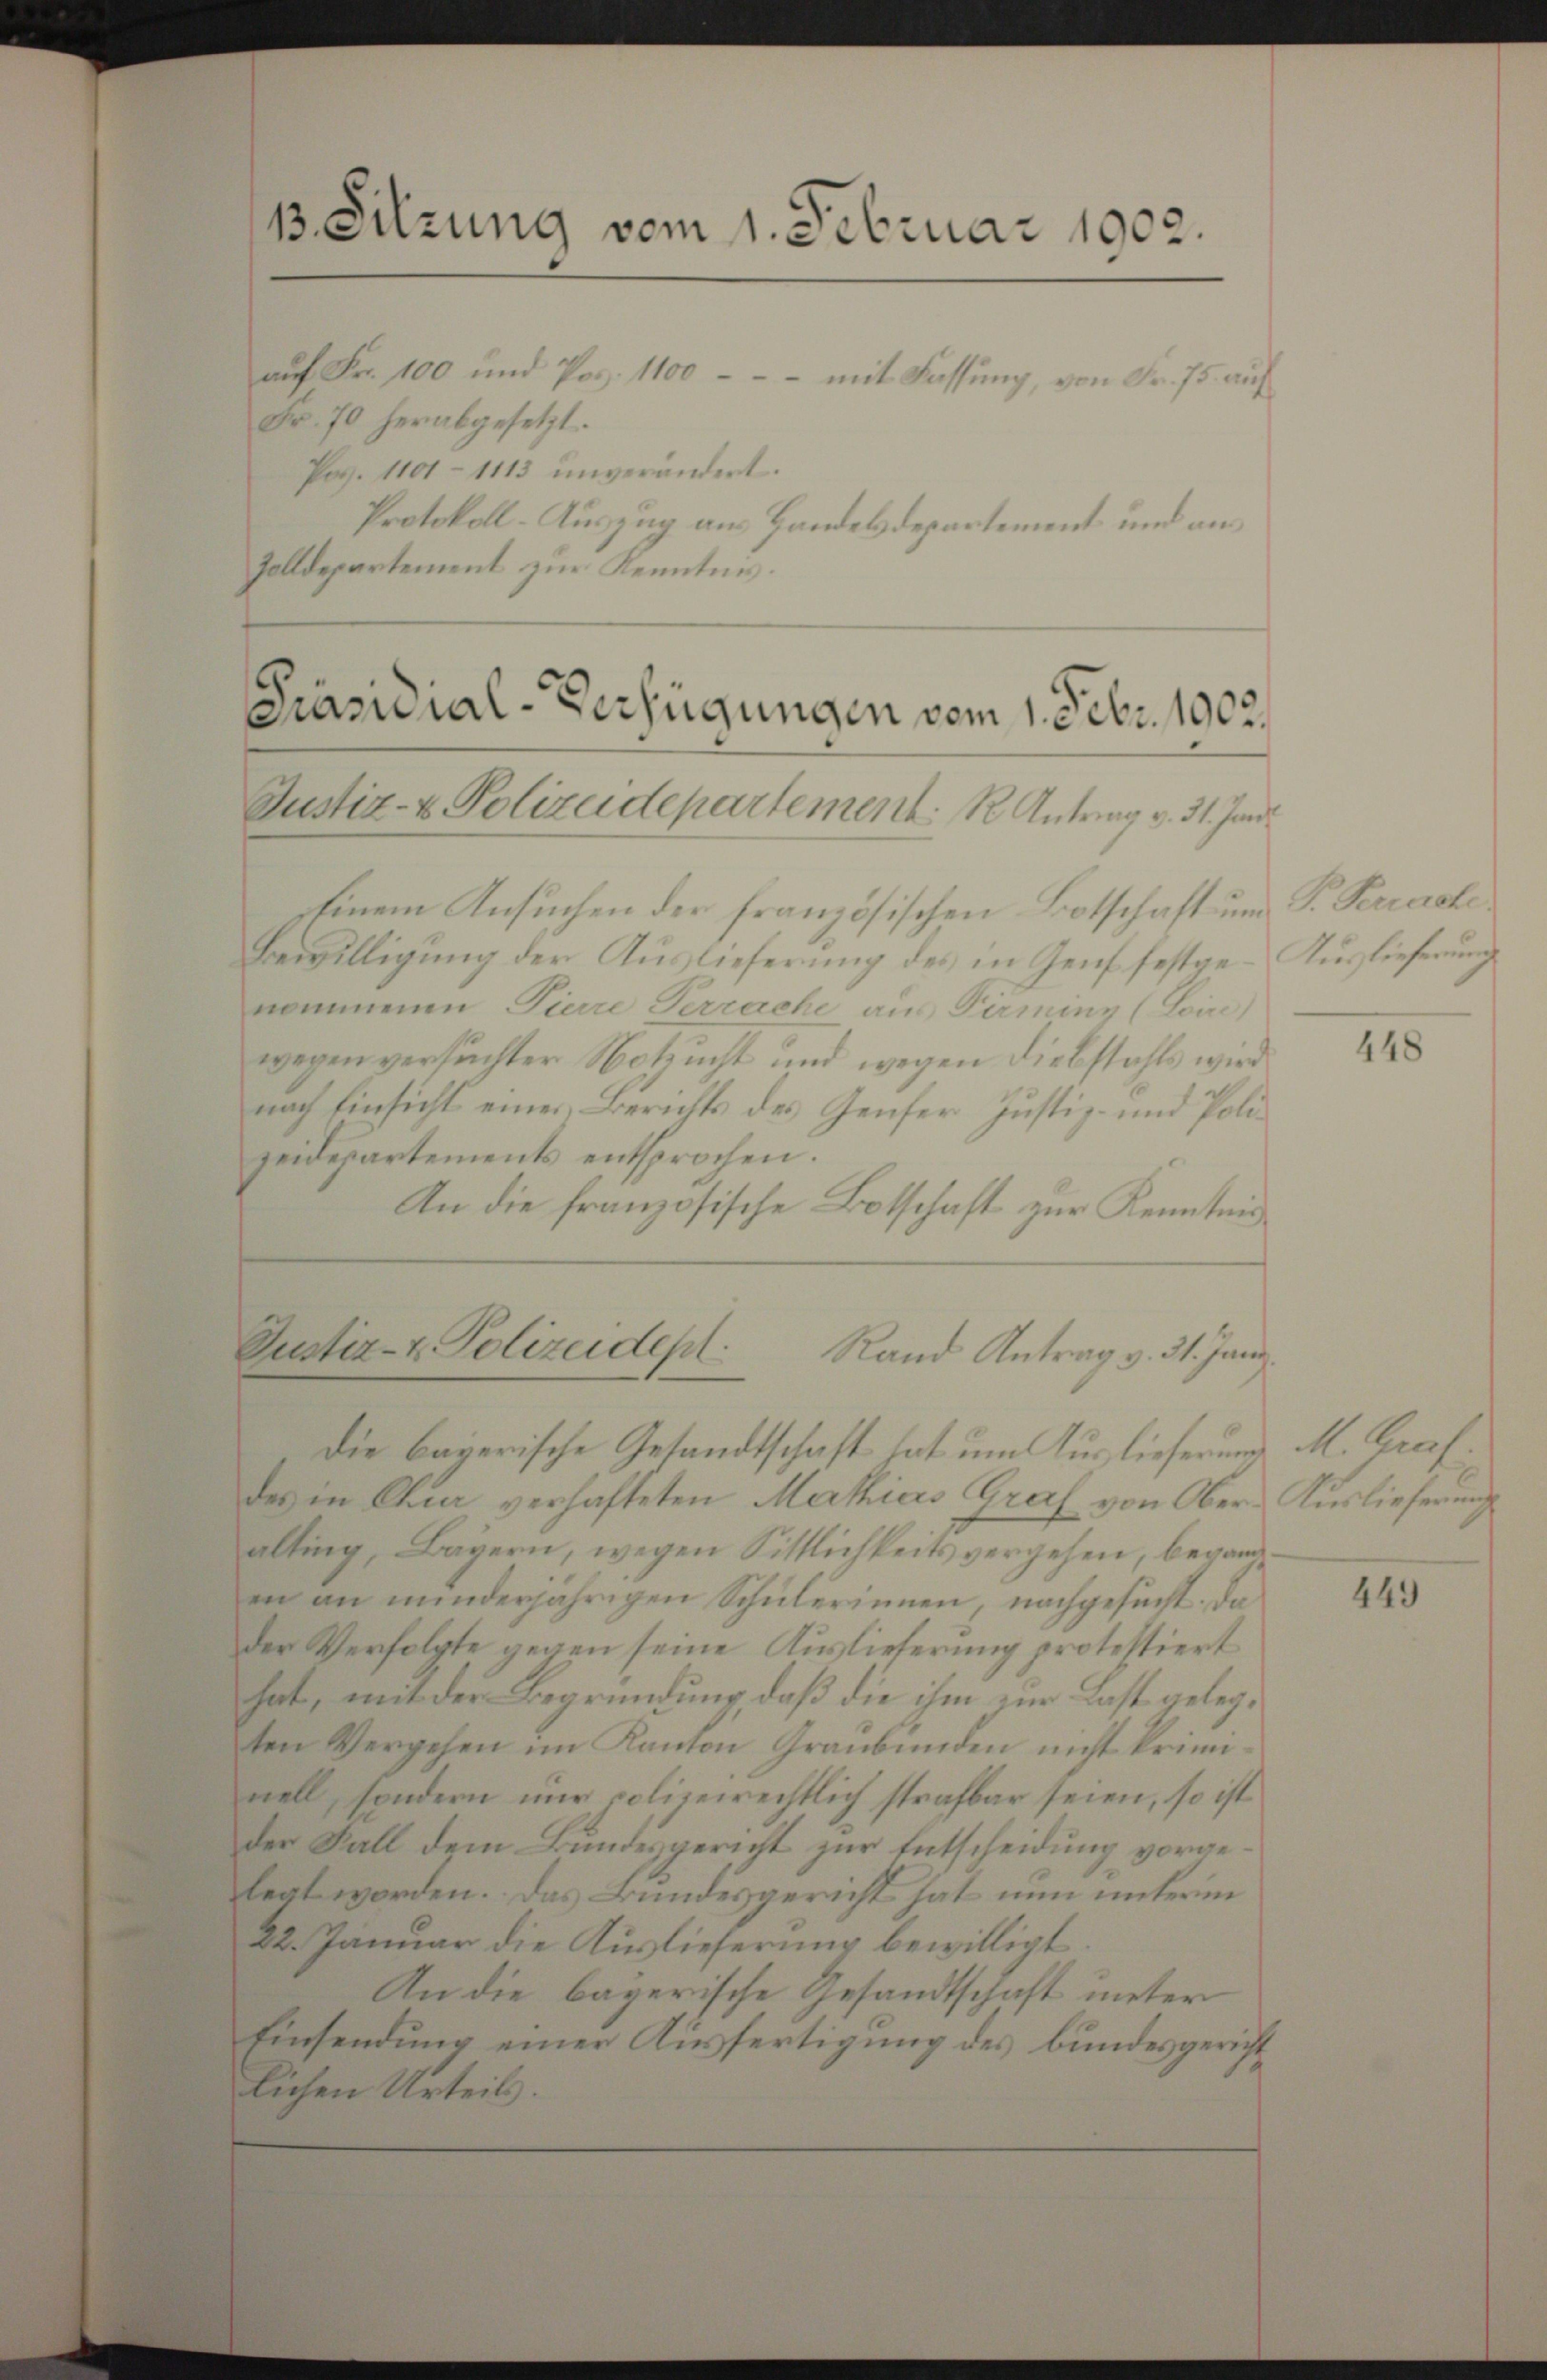
1. Sitzung vom 1. Februar 1902.

auf Fr. 100 und Pos. 1100 - - - mit Fassung, von Fr. 75 auf
Fr. 70 herabgesetzt.
Pos. 1101-1113 unverändert.
Protokoll-Auszug aus Handesdepartement und aus
Zolldepartement zur Kenntnis.

Präsidial-Verfügungen vom 1. Febr. 1002.
Justiz- & Polizeidepartement: K. Antrag v. 31. Jan

Einem Ansuchen der französischen Botschaft und P. Terrache
Bewilligung der Auslieferung des in Genf festge- Auslieferung
nommenen Tierre Terrache am Firminz (Loine)
wegen versuchter Notzucht und wegen Diebstahls wird
nach Einsicht einer Berichts des Genfer Justiz- und Polizeidepartements entsprochen.
An die französische Botschaft zur Kenntnis¬

Justiz- & Polizeidept. Rand Antrag v. 31. Jan

die bayerische Gesandtschaft hat um Auslieferung
des in Chur verhafteten Marticis Graf von Ober-Auslieferung
alting, Bayern, wegen Sittlichkeits vergehen, begangin an minderjährigen Schülerinnen, nachgesucht. Da
der Verfolgte gegen seine Auslieferung protestiert
hat, mit der Begründung daß die ihm zur Last gelegten Vergehen im Kanton Graubünden nicht kriminell, sondern nur polizeirechtlich strafbar seien, so ist
der Fall dem Bundesgericht zur Entscheidung vorgelegt worden. Das Bundesgericht hat nun unterm
22. Januar die Auslieferung bewilligt.
An die bayerische Gesandtschaft unter
Einsendung einer Ausfertigung des bundesgericht
lichen Urteils.

448

M. Graf

449